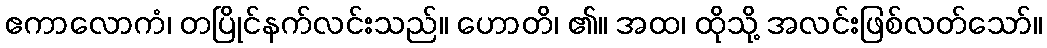
ဧကာလောကံ၊ တပြိုင်နက်လင်းသည်။ ဟောတိ၊ ၏။ အထ၊ ထိုသို့ အလင်းဖြစ်လတ်သော်။